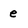
Character: e